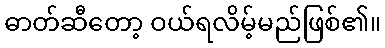
ဓာတ်ဆီတော့ ဝယ်ရလိမ့်မည်ဖြစ်၏။